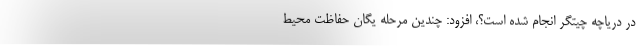
در دریاچه چیتگر انجام شده است؟، افزود: چندین مرحله یگان حفاظت محیط